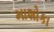
માશોકા